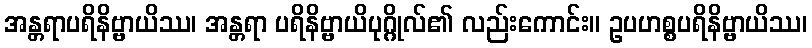
အန္တရာပရိနိဗ္ဗာယိဿ၊ အန္တရာ ပရိနိဗ္ဗာယိပုဂ္ဂိုလ်၏ လည်းကောင်း။ ဥပဟစ္စပရိနိဗ္ဗာယိဿ၊